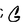
Character: G